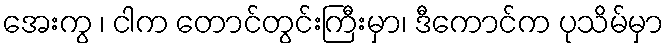
အေးကွ ၊ ငါက တောင်တွင်းကြီးမှာ၊ ဒီကောင်က ပုသိမ်မှာ